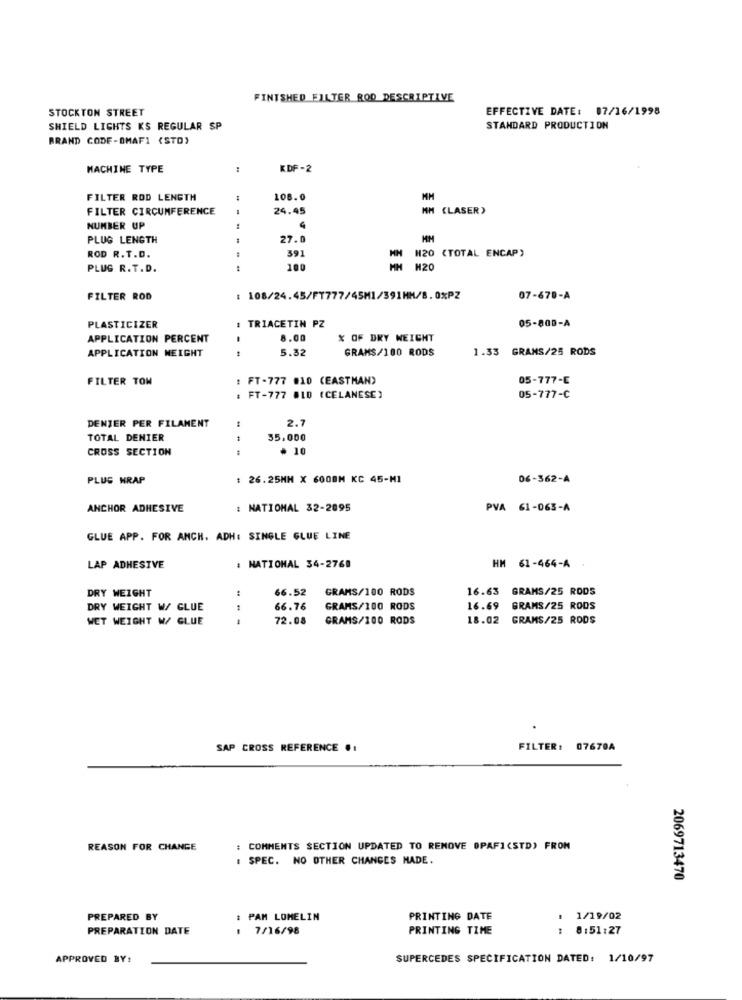
FINISHED FILTER ROD DESCRIPTIVE
STOCKTON STREET
EFFECTIVE DATE: 07/16/1998
SHIELD LIGHTS KS REGULAR SP
STANDARD PRODUCTION
BRAND CODE-DMAFI (STO}
MACHINE TYPE
:
KDF-2
FILTER ROD LENGTH
108.0
MM
FILTER CIRCUMFERENCE
24.45
MM (LASER)
NUMBER UP
4
PLUS LENGTH
27.0
ROD R.T.D.
391
H20 (TOTAL ENCAP)
PLUG R.T.D.
100
H20
FILTER ROD
: 108/24.45/FT777/45M1/391MM/8.0%PZ
07-670-A
TRIACETIN PZ
05-800-A
PLASTICIZER
APPLICATION PERCENT
8.00
X OF DRY WEIGHT
5.32
GRAMS/100 RODS
1.33 GRAMS/25 RODS
APPLICATION NEIGHT
FILTER TOM
: FT-777 010 (EASTMAN)
05-777-E
:FT-777 #10 (CELANESE)
05-777-C
2.7
DENTER PER FILAMENT
TOTAL DENIER
35,000
CROSS SECTION
--
* 10
PLUS WRAP
: 26.25HH X 600BM KC 45-MI
06-362-A
ANCHOR ADHESIVE
: NATIONAL 32-2095
PVA 61-063-A
GLUE APP. FOR ANCH. ADH: SINGLE GLUE LINE
LAP ADHESIVE
: NATIONAL 34-2768
HM 61-464-A
DRY WEIGHT
66.52
GRAMS/100 RODS
16.63 GRAMS/25 RODS
DRY WEIGHT W/ GLUE
1
66.76
GRAMS/100 RODS
16.69
GRAMS/25 ROOS
WET WEIGHT W/ GLUE
72.08
GRAMS/100 RODS
18.02
GRAMS/25 RODS
SAP CROSS REFERENCE .:
FILTER: 07670A
REASON FOR CHANGE
COMMENTS SECTION UPDATED TO REMOVE OPAFICSTD) FRON
SPEC. NO OTHER CHANGES MADE.
2069713470
PREPARED BY
PAM LOMELIN
PRINTING DATE
1/19/02
PREPARATION DATE
. 7/16/98
PRINTING TIME
8:51:27
APPROVED BY:
SUPERCEDES SPECIFICATION DATED: 1/10/97